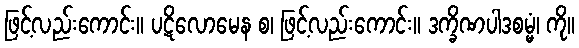
ဖြင့်လည်းကောင်း။ ပဋိလောမေန စ၊ ဖြင့်လည်းကောင်း။ ဒက္ခိဏပါဒစမ္မံ၊ ကို။